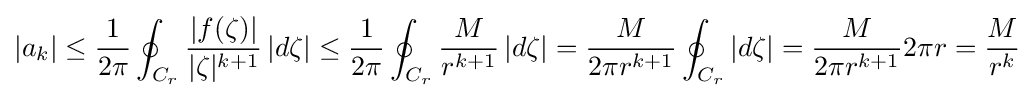
|a_{k}|\leq {\frac {1}{2\pi }}\oint _{C_{r}}{\frac {|f(\zeta )|}{|\zeta |^{k+1}}}\,|d\zeta |\leq {\frac {1}{2\pi }}\oint _{C_{r}}{\frac {M}{r^{k+1}}}\,|d\zeta |={\frac {M}{2\pi r^{k+1}}}\oint _{C_{r}}|d\zeta |={\frac {M}{2\pi r^{k+1}}}2\pi r={\frac {M}{r^{k}}}